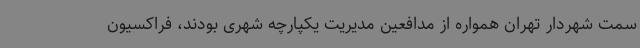
سمت شهردار تهران همواره از مدافعین مدیریت یکپارچه شهری بودند، فراکسیون